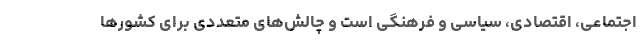
اجتماعی، اقتصادی، سیاسی و فرهنگی است و چالش‌های متعددی برای کشورها